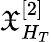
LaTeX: \mathfrak{X}_{H_{T}}^{[2]}